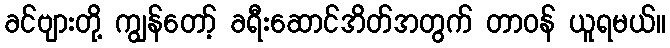
ခင်ဗျားတို့ ကျွန်တော့် ခရီးဆောင်အိတ်အတွက် တာဝန် ယူရမယ်။